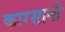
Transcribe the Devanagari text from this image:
कारसानो